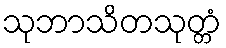
သုဘာသိတသုတ္တံ